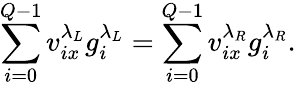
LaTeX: \sum_{i=0}^{Q-1}v_{ix}^{\lambda_{L}}g_{i}^{\lambda_{L}}=\sum_{i=0}^{Q-1}v_{ix}^{\lambda_{R}}g_{i}^{\lambda_{R}}.